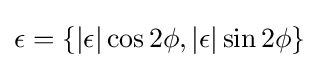
\epsilon =\{\left|\epsilon \right|\cos 2\phi ,\left|\epsilon \right|\sin 2\phi \}